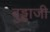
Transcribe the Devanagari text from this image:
बुड्डाजी